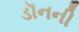
ડૉનની